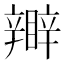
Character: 𥌊